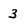
Character: 3